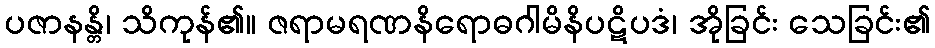
ပဇာနန္တိ၊ သိကုန်၏။ ဇရာမရဏနိရောဓဂါမိနိပဋိပဒံ၊ အိုခြင်း သေခြင်း၏